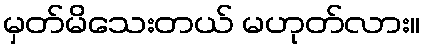
မှတ်မိသေးတယ် မဟုတ်လား။